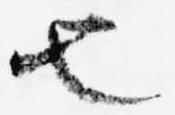
也